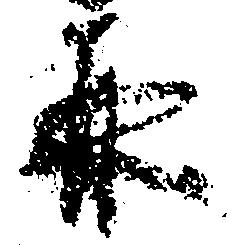
并